Lunatic asylums Madras 1877-1891 - 1877-1891
Year: 1877
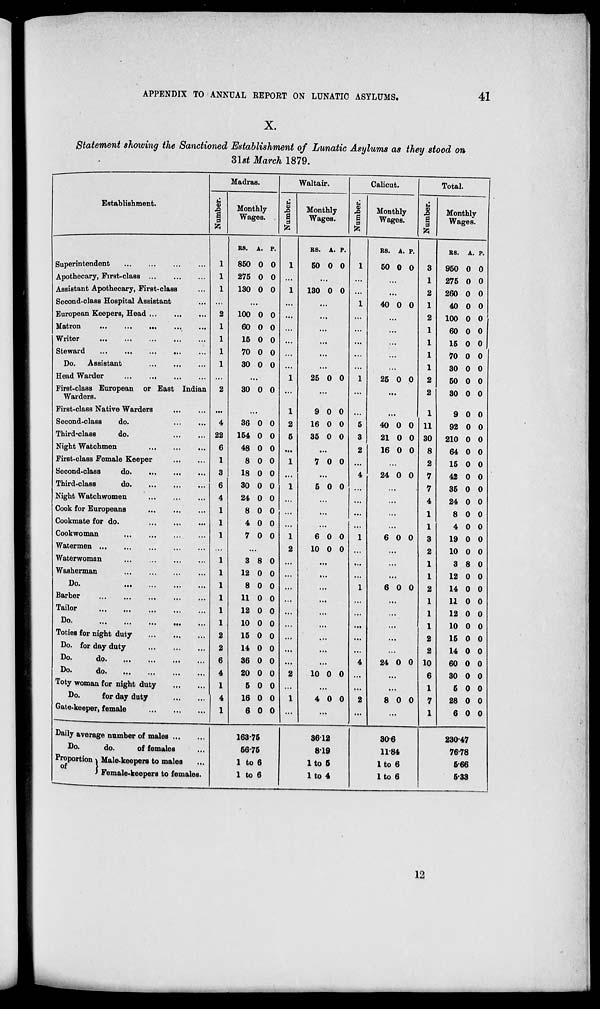
APPENDIX TO ANNUAL REPORT ON LUNATIC ASYLUMS.
41
X.
Statement showing the Sanctioned Establishment of Lunatic Asylums as they stood on
31st March 1879.
Establishment.
Superintendent ... ... ... ...
Apothecary, First-class
...
...
...
Assistant Apothecary, First-class ...
Second-class Hospital Assistant ...
European Keepers, Head ...
...
...
Matron
...
...
...
...
...
Writer
...
...
...
...
...
Steward
...
...
...
...
...
Do. Assistant ... ...
Head Warder
...
...
...
First-class European or East Indian
Warders.
First-class Native Warders
...
...
Second-class
do
.
...
...
Third-class
do.
...
...
Night Watchmen
...
...
...
First-class Female Keeper
...
...
Second-class
do.
...
... ...
Third-class
do. ... ... ...
Night Watchwomen
...
...
...
Cook for Europeans
...
...
...
Cookmate for do.
...
...
...
Cookwoman
...
...
...
...
Watermen
...
...
...
...
...
Waterwoman
...
...
...
...
...
Washerman
...
...
...
...
Do
...
...
...
...
Barber ... ... ... ... ...
Tailor
...
...
...
...
...
Do.
...
...
...
...
...
Toties for night duty
...
...
...
Do. for day duty
...
...
...
Do.
do. ... ... ... ...
Do.
do. ... ... ... ...
Toty woman for night duty
...
...
Do.
for day duty
...
...
Gate-keeper, female
...
...
...
Daily average number of males ... ...
Do.
do.
of females ...
Proportion
of
Male-keepers to males ...
Female-keepers to females.
Madras.
Number.
1
1
1
...
2
1
1
1
1
...
2
...
4
22
6
1
3
6
4
...
2
2
6
4
1
4
1
Monthly
Wages.
Rs.
850
275
130
A.
0
0
0
P.
0
0
0
...
100
60
15
70
30
0
0
0
0
0
0
0
0
0
0
...
30 0 0
..
36
154
48
8
18
30
24
8
4
7
0
0
0
0
0
0
0
0
0
0
0
0
0
0
0
0
0
0
0
0
...
3
12
8
11
12
10
15
14
36
20
5
16
6
8
0
0
0
0
0
0
0
0
0
0
0
0
0
0
0
0
0
0
0
0
0
0
0
0
0
163.75
56.75
1 to 6
1 to 6
Waltair.
Number.
1
...
1
...
...
...
...
...
...
1
...
1
2
5
...
1
...
1
...
...
...
1
2
...
...
...
...
...
...
...
...
...
2
...
1
...
Monthly
Wages.
Rs.
50
A.
0
P.
0
...
130 0 0
...
...
...
...
...
...
25 0 0
...
9
16
35
0
0
0
0
0
0
...
7
0 0
...
5 0 0
...
...
...
6
10
0
0
0
0
...
...
...
...
...
...
...
...
...
10 0 0
...
4 0 0
...
36.12
8.19
1 to 5
1 to 4
Calicut.
Number.
1
...
...
1
...
...
...
...
...
1
...
...
5
3
2
...
4
...
...
...
...
1
...
...
...
1
...
...
...
...
...
4
...
...
2
...
Monthly
Wages.
Rs.
50
A.
0
P.
0
...
...
40 0 0
...
...
...
...
...
25 0 0
...
...
40
21
16
0
0
0
0
0
0
...
24 0 0
...
...
...
...
6 0 0
...
...
...
6 0 0
...
...
...
...
...
24 0 0
...
...
8 0 0
...
30. 6
11.84
1 to 6
1 to 6
Total.
Number.
3
1
2
1
2
1
1
1
1
2
2
1
11
30
8
2
7
7
4
1
1
3
2
1
1
2
1
1
1
2
2
10
6
1
7
1
Monthly
Wages.
Rs.
950
275
260
40
100
60
15
70
30
50
30
9
92
210
64
15
42
35
24
8
4
19
10
3
12
14
11
12
10
15
14
60
30
5
28
6
A.
0
0
0
0
0
0
0
0
0
0
0
0
0
0
0
0
0
0
0
0
0
0
0
8
0
0
0
0
0
0
0
0
0
0
0
0
P.
0
0
0
0
0
0
0
0
0
0
0
0
0
0
0
0
0
0
0
0
0
0
0
0
0
0
0
0
0
0
0
0
0
0
0
0
230.47
76.78
5.66
5.33
12